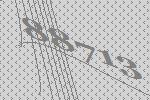
88713